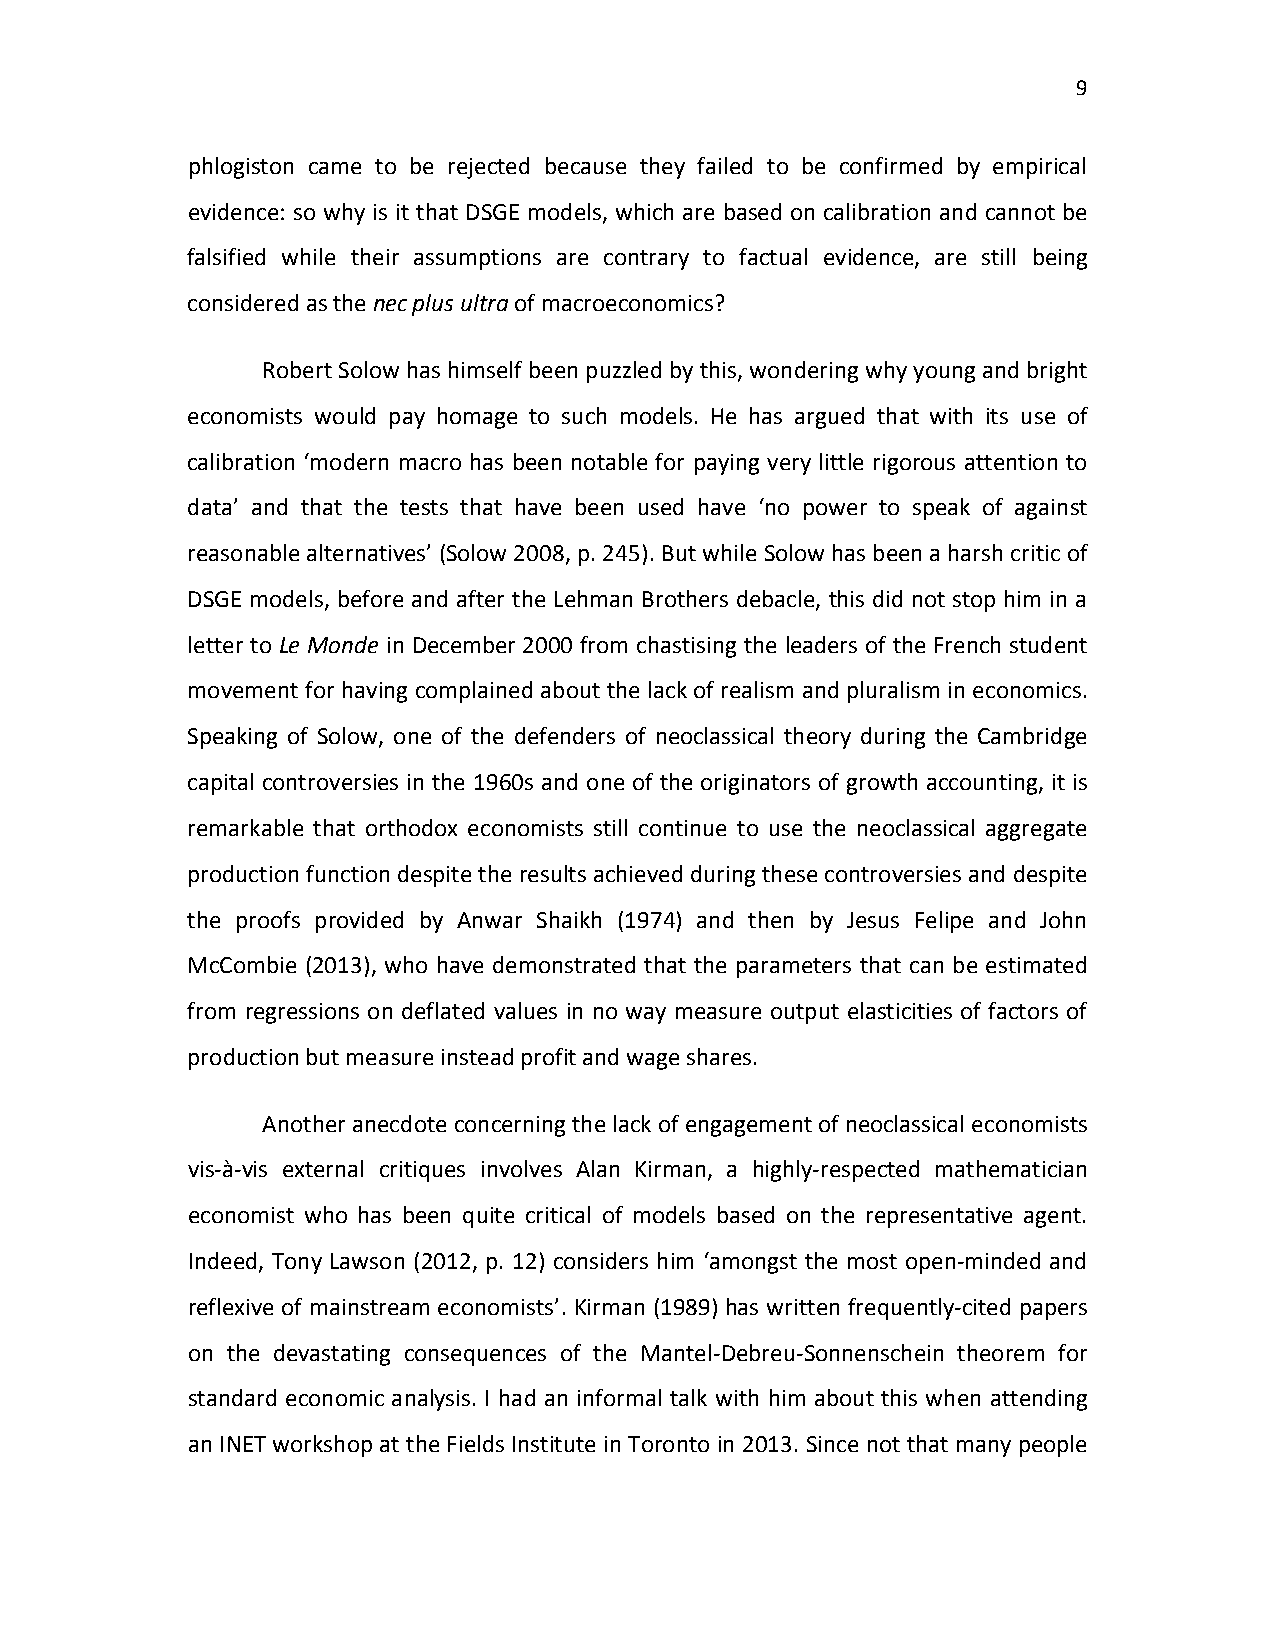
9
 phlogiston came to be rejected because they failed to be confirmed by empirical
 evidence: so why is it that DSGE models, which are based on calibration and cannot be
 falsified while their assumptions are contrary to factual evidence, are still being
 considered as the nec plus ultra of macroeconomics?
 Robert Solow has himself been puzzled by this, wondering why young and bright
 economists would pay homage to such models. He has argued that with its use of
 calibration ‘modern macro has been notable for paying very little rigorous attention to
 data’ and that the tests that have been used have ‘no power to speak of against
 reasonable alternatives’ (Solow 2008, p. 245). But while Solow has been a harsh critic of
 DSGE models, before and after the Lehman Brothers debacle, this did not stop him in a
 letter to Le Monde in December 2000 from chastising the leaders of the French student
 movement for having complained about the lack of realism and pluralism in economics.
 Speaking of Solow, one of the defenders of neoclassical theory during the Cambridge
 capital controversies in the 1960s and one of the originators of growth accounting, it is
 remarkable that orthodox economists still continue to use the neoclassical aggregate
 production function despite the results achieved during these controversies and despite
 the proofs provided by Anwar Shaikh (1974) and then by Jesus Felipe and John
 McCombie (2013), who have demonstrated that the parameters that can be estimated
 from regressions on deflated values in no way measure output elasticities of factors of
 production but measure instead profit and wage shares.
 Another anecdote concerning the lack of engagement of neoclassical economists
 vis-à-vis external critiques involves Alan Kirman, a highly-respected mathematician
 economist who has been quite critical of models based on the representative agent.
 Indeed, Tony Lawson (2012, p. 12) considers him ‘amongst the most open-minded and
 reflexive of mainstream economists’. Kirman (1989) has written frequently-cited papers
 on the devastating consequences of the Mantel-Debreu-Sonnenschein theorem for
 standard economic analysis. I had an informal talk with him about this when attending
 an INET workshop at the Fields Institute in Toronto in 2013. Since not that many people